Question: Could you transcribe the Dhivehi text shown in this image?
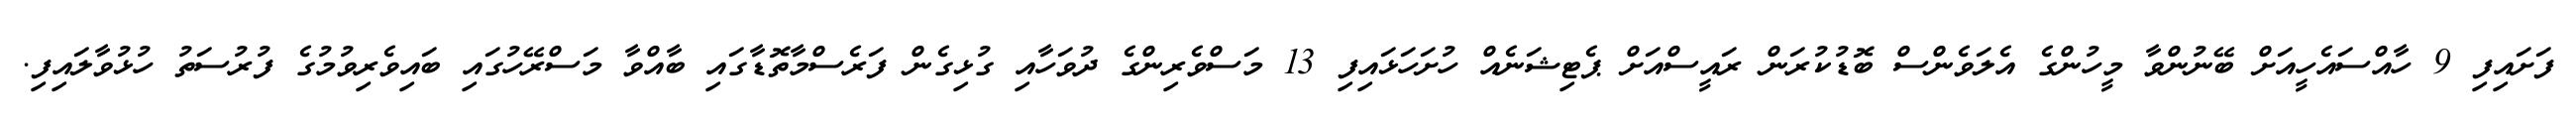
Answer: ފަށައިފި 9 ހާއްސައެހީއަށް ބޭނުންވާ މީހުންގެ އެލަވެންސް ބޮޑުކުރަން ރައީސްއަށް ޕެޓިޝަނެއް ހުށަހަޅައިފި 13 މަސްވެރިންގެ ދުވަހާއި ގުޅިގެން ފަރެސްމާތޮޑާގައި ބާއްވާ މަސްރޭހުގައި ބައިވެރިވުމުގެ ފުރުސަތު ހުޅުވާލައިފި.